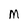
Character: M